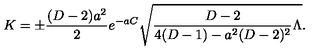
K = \pm { \frac { ( D - 2 ) a ^ { 2 } } { 2 } } e ^ { - a C } \sqrt { { \frac { D - 2 } { 4 ( D - 1 ) - a ^ { 2 } ( D - 2 ) ^ { 2 } } } \Lambda } .